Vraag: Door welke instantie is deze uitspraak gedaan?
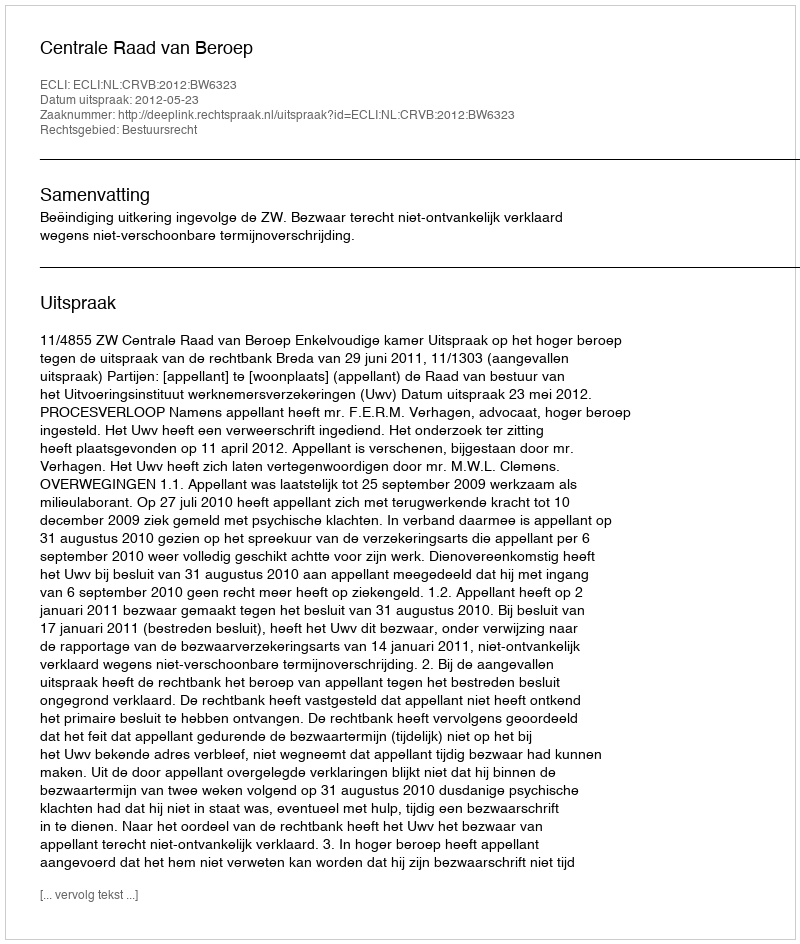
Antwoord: Centrale Raad van Beroep